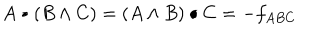
A \bullet ( B \wedge C ) = ( A \wedge B ) \bullet C = - f _ { A B C }